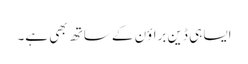
ایسا ہی ڈین براؤن کے ساتھ بھی ہے۔